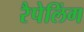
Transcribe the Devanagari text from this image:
रैपेलिंग